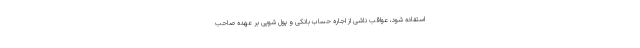
استفاده شود، عواقب ناشی از اجاره حساب بانکی و پول شویی بر عهده صاحب